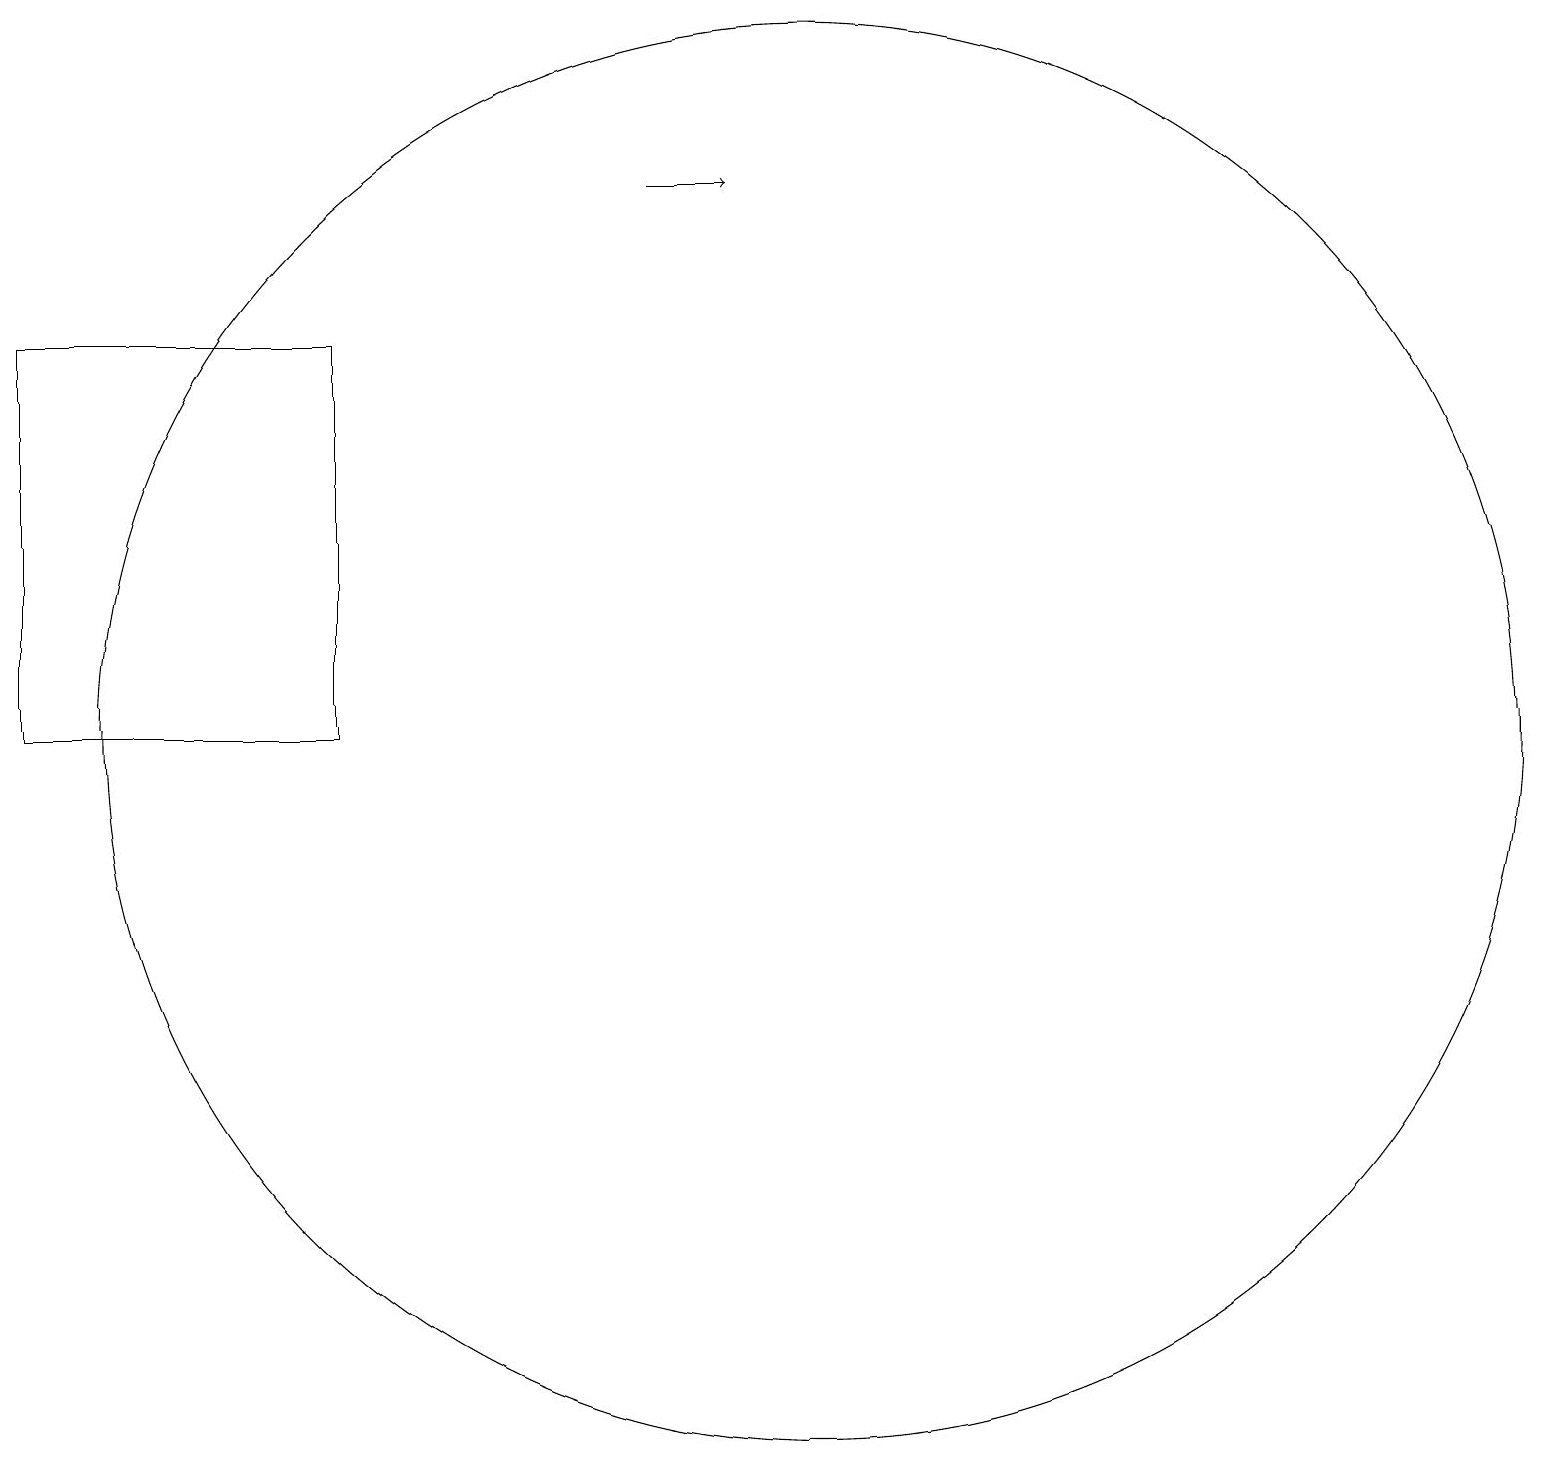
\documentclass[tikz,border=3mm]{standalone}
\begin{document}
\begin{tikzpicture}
\draw[->] (8,17) -- (9,17);
\draw (0,10) rectangle (4,15);
\draw (10,10) circle (9);
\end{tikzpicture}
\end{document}